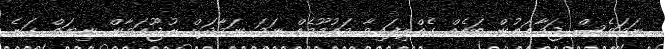
ނަމަވެސް ޖަމާޢަތުން ބައެއް ގެއްލިފައިވާ މައުމޫމެއް ނަމަ ނަމާދަށް ރުޖޫޢަވާން ނިޔަތް ގަނެ